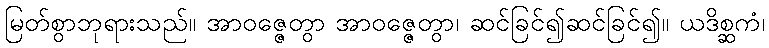
မြတ်စွာဘုရားသည်။ အာဝဇ္ဇေတွာ အာဝဇ္ဇေတွာ၊ ဆင်ခြင်၍ဆင်ခြင်၍။ ယဒိစ္ဆကံ၊